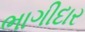
ભાગીદાર